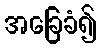
အခြေခံ၍